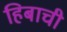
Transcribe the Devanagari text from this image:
हिबाची